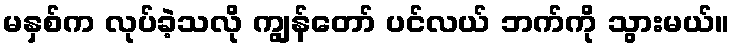
မနှစ်က လုပ်ခဲ့သလို ကျွန်တော် ပင်လယ် ဘက်ကို သွားမယ်။